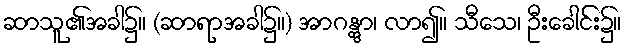
ဆာသူ၏အခါ၌။ (ဆာရာအခါ၌။) အာဂန္တွာ၊ လာ၍။ သီသေ၊ ဦးခေါင်း၌။